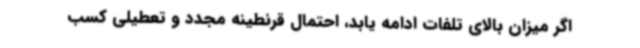
اگر میزان بالای تلفات ادامه یابد، احتمال قرنطینه مجدد و تعطیلی کسب